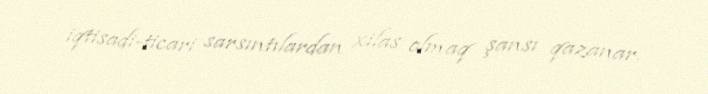
iqtisadi-ticari sarsıntılardan xilas olmaq şansı qazanar.